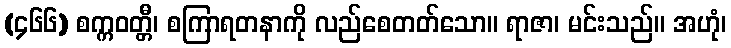
(၄၆၆) စက္ကဝတ္တီ၊ စကြာရတနာကို လည်စေတတ်သော။ ရာဇာ၊ မင်းသည်။ အဟုံ၊